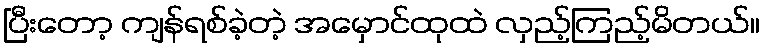
ပြီးတော့ ကျန်ရစ်ခဲ့တဲ့ အမှောင်ထုထဲ လှည့်ကြည့်မိတယ်။